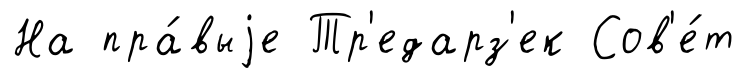
На пра́выjе Тр'едарз'ек Сов'е́т